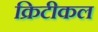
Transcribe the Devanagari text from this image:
क्रिटीकल